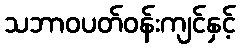
သဘာဝပတ်ဝန်းကျင်နှင့်